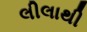
લીલાથી